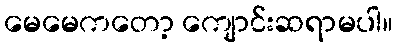
မေမေကတော့ ကျောင်းဆရာမပါ။